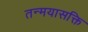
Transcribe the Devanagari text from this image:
तन्मयासक्ति